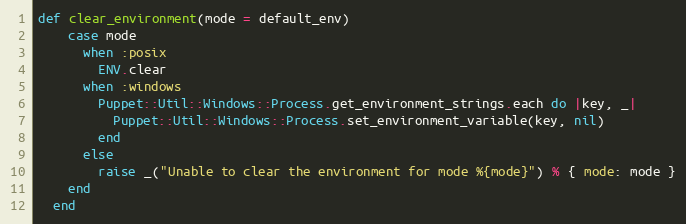
Language: Ruby
def clear_environment(mode = default_env)
    case mode
      when :posix
        ENV.clear
      when :windows
        Puppet::Util::Windows::Process.get_environment_strings.each do |key, _|
          Puppet::Util::Windows::Process.set_environment_variable(key, nil)
        end
      else
        raise _("Unable to clear the environment for mode %{mode}") % { mode: mode }
    end
  end